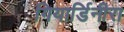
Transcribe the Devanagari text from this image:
गियार्डिनीरा